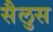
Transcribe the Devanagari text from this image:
सैलुस